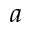
a